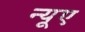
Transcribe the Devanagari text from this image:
न्‍यूए